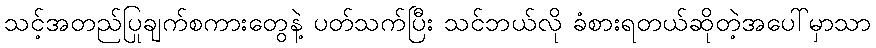
သင့်အတည်ပြုချက်စကားတွေနဲ့ ပတ်သက်ပြီး သင်ဘယ်လို ခံစားရတယ်ဆိုတဲ့အပေါ်မှာသာ